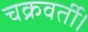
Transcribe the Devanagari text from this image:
चक्रवर्ती।